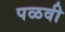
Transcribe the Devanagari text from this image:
पळवी